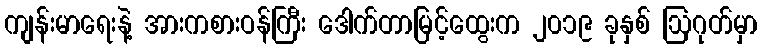
ကျန်းမာရေးနဲ့ အားကစားဝန်ကြီး ဒေါက်တာမြင့်ထွေးက ၂၀၁၉ ခုနှစ် ဩဂုတ်မှာ